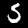
Label: 5